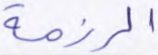
الرزمة